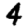
Digit: 4